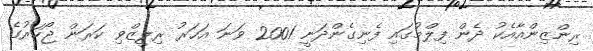
ރިންޒިންއާއެކު ދެން ފިލްމުގައި ފެނިގެންދަނީ 2001 ވަނަ އަހަރު ރިލީޒްވި ކަރަން ޖޯހަރުގެ